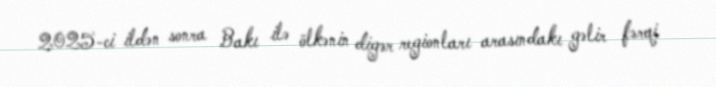
2025-ci ildən sonra Bakı ilə ölkənin digər regionları arasındakı gəlir fərqi